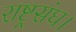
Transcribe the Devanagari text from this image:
राष्ट्रसंघ।